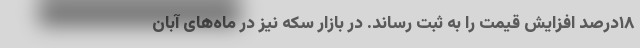
۱۸درصد افزایش قیمت را به ثبت رساند. در بازار سکه نیز در ماه‌های آبان